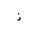
Letter: _thal